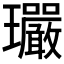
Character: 𤫠